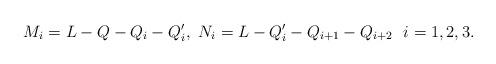
LaTeX: \begin{align*}M_i=L-Q-Q_i-Q_i',\ N_i=L-Q_i'-Q_{i+1}-Q_{i+2}\ \ i=1, 2, 3.\end{align*}